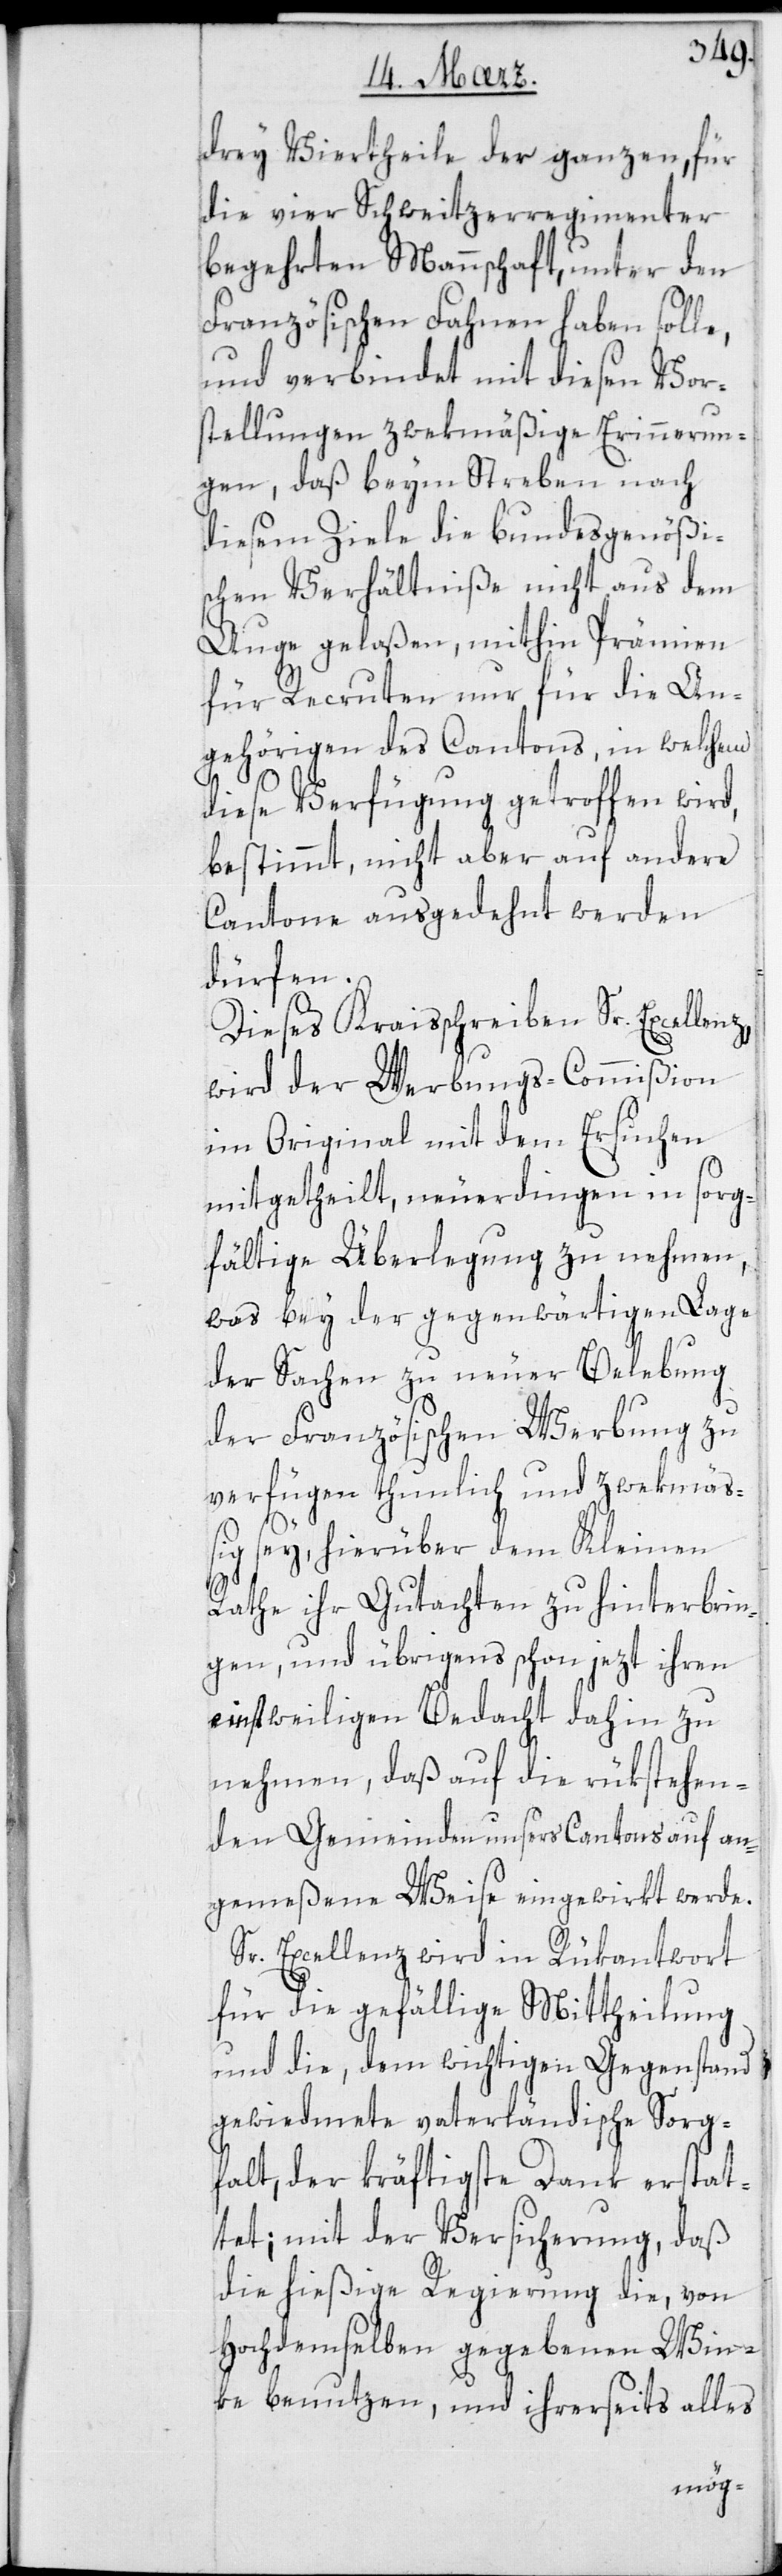
drey Viertheile der ganzen, für
die vier Schweitzerregimenter
begehrten Mannschaft, unter den
Französischen Fahnen haben soll¬
und verbindet mit diesen Vor¬
stellungen zwekmäßige Erinnerun¬
gen, daß beym Streben nach
diesem Ziele die bundesgenößi¬
schen Verhältniße nicht aus dem
Auge gelaßen, mithin Prämien
für Recruten nur für die An¬
gehörigen des Cantons, in welchen
diese Verfügung getroffen wird,
bestimmt, nicht aber auf andere
Cantone ausgedehnt werden
dürfen.
Dieses Kreisschreiben Sr. Excellenz,
wird der Werbungs-Commißion
im Original mit dem Ersuchen
mitgetheilt, neuerdingen in sorg¬
fältige Überlegung zu nehmen,
was bey der gegenwärtigen Lage
der Sachen zu neuer Belebung
der Französischen Werbung zu
verfügen thunlich und zweckmäß¬
ig sey, hierüber dem Kleinen
Rathe ihr Gutachten zu hinterbrin¬
gen, und übrigens schon jezt ihren
einstweiligen Bedacht dahin zu
nehmen, daß auf die rükstehen¬
den Gemeinden unsers Cantons auf an¬
gemeßene Weise eingewirkt werde.
Sr Excellenz wird in Rükantwort
für die gefällige Mittheilung
und die, dem wichtigen Gegenstand
gewidmete vaterländische Sorg¬
falt, der kräftigste Dank erstat¬
tet; mit der Versicherung, daß
die hießige Regierung die, von
Hochdemselben gegebenen Win¬
ke benutzen, und ihrerseits alles
e,